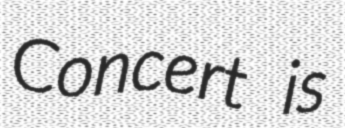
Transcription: Concert is